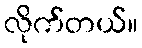
လိုက်တယ်။